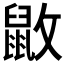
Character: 𪔻